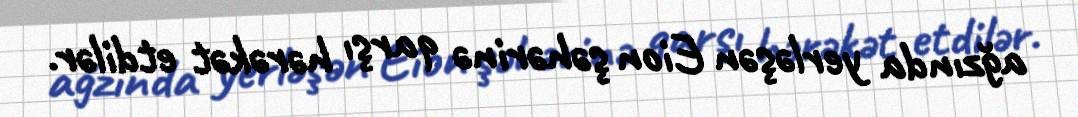
ağzında yerləşən Eion şəhərinə qarşı hərəkət etdilər.